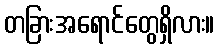
တခြားအရောင်တွေရှိလား။